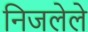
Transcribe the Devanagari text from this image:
निजलेले